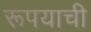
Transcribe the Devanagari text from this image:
रूपयाची